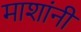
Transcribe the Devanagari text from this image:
माशांनी